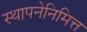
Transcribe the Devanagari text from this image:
स्थापनेनिमित्त